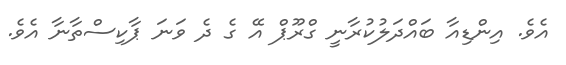
އެވެ. އިންޑިއާ ބައްދަލުކުރާނީ ގްރޫޕް އޭ ގެ ދެ ވަނަ ޕާކިސްތާނާ އެވެ.